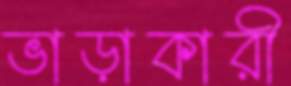
ভাড়াকারী